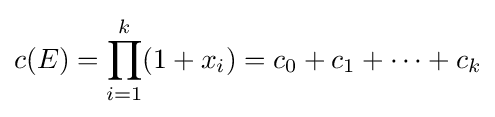
c(E)=\prod _{i=1}^{k}(1+x_{i})=c_{0}+c_{1}+\cdots +c_{k}